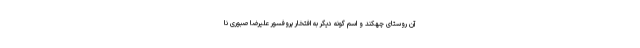
آن روستای چهکند و اسم گونه دیگر به افتخار پروفسور علیرضا صبوری نا